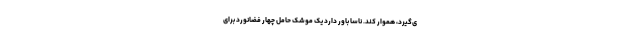
ی‌گیرد، هموار کند. ناسا باور دارد یک موشک حامل چهار فضانورد برای